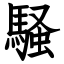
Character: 騒